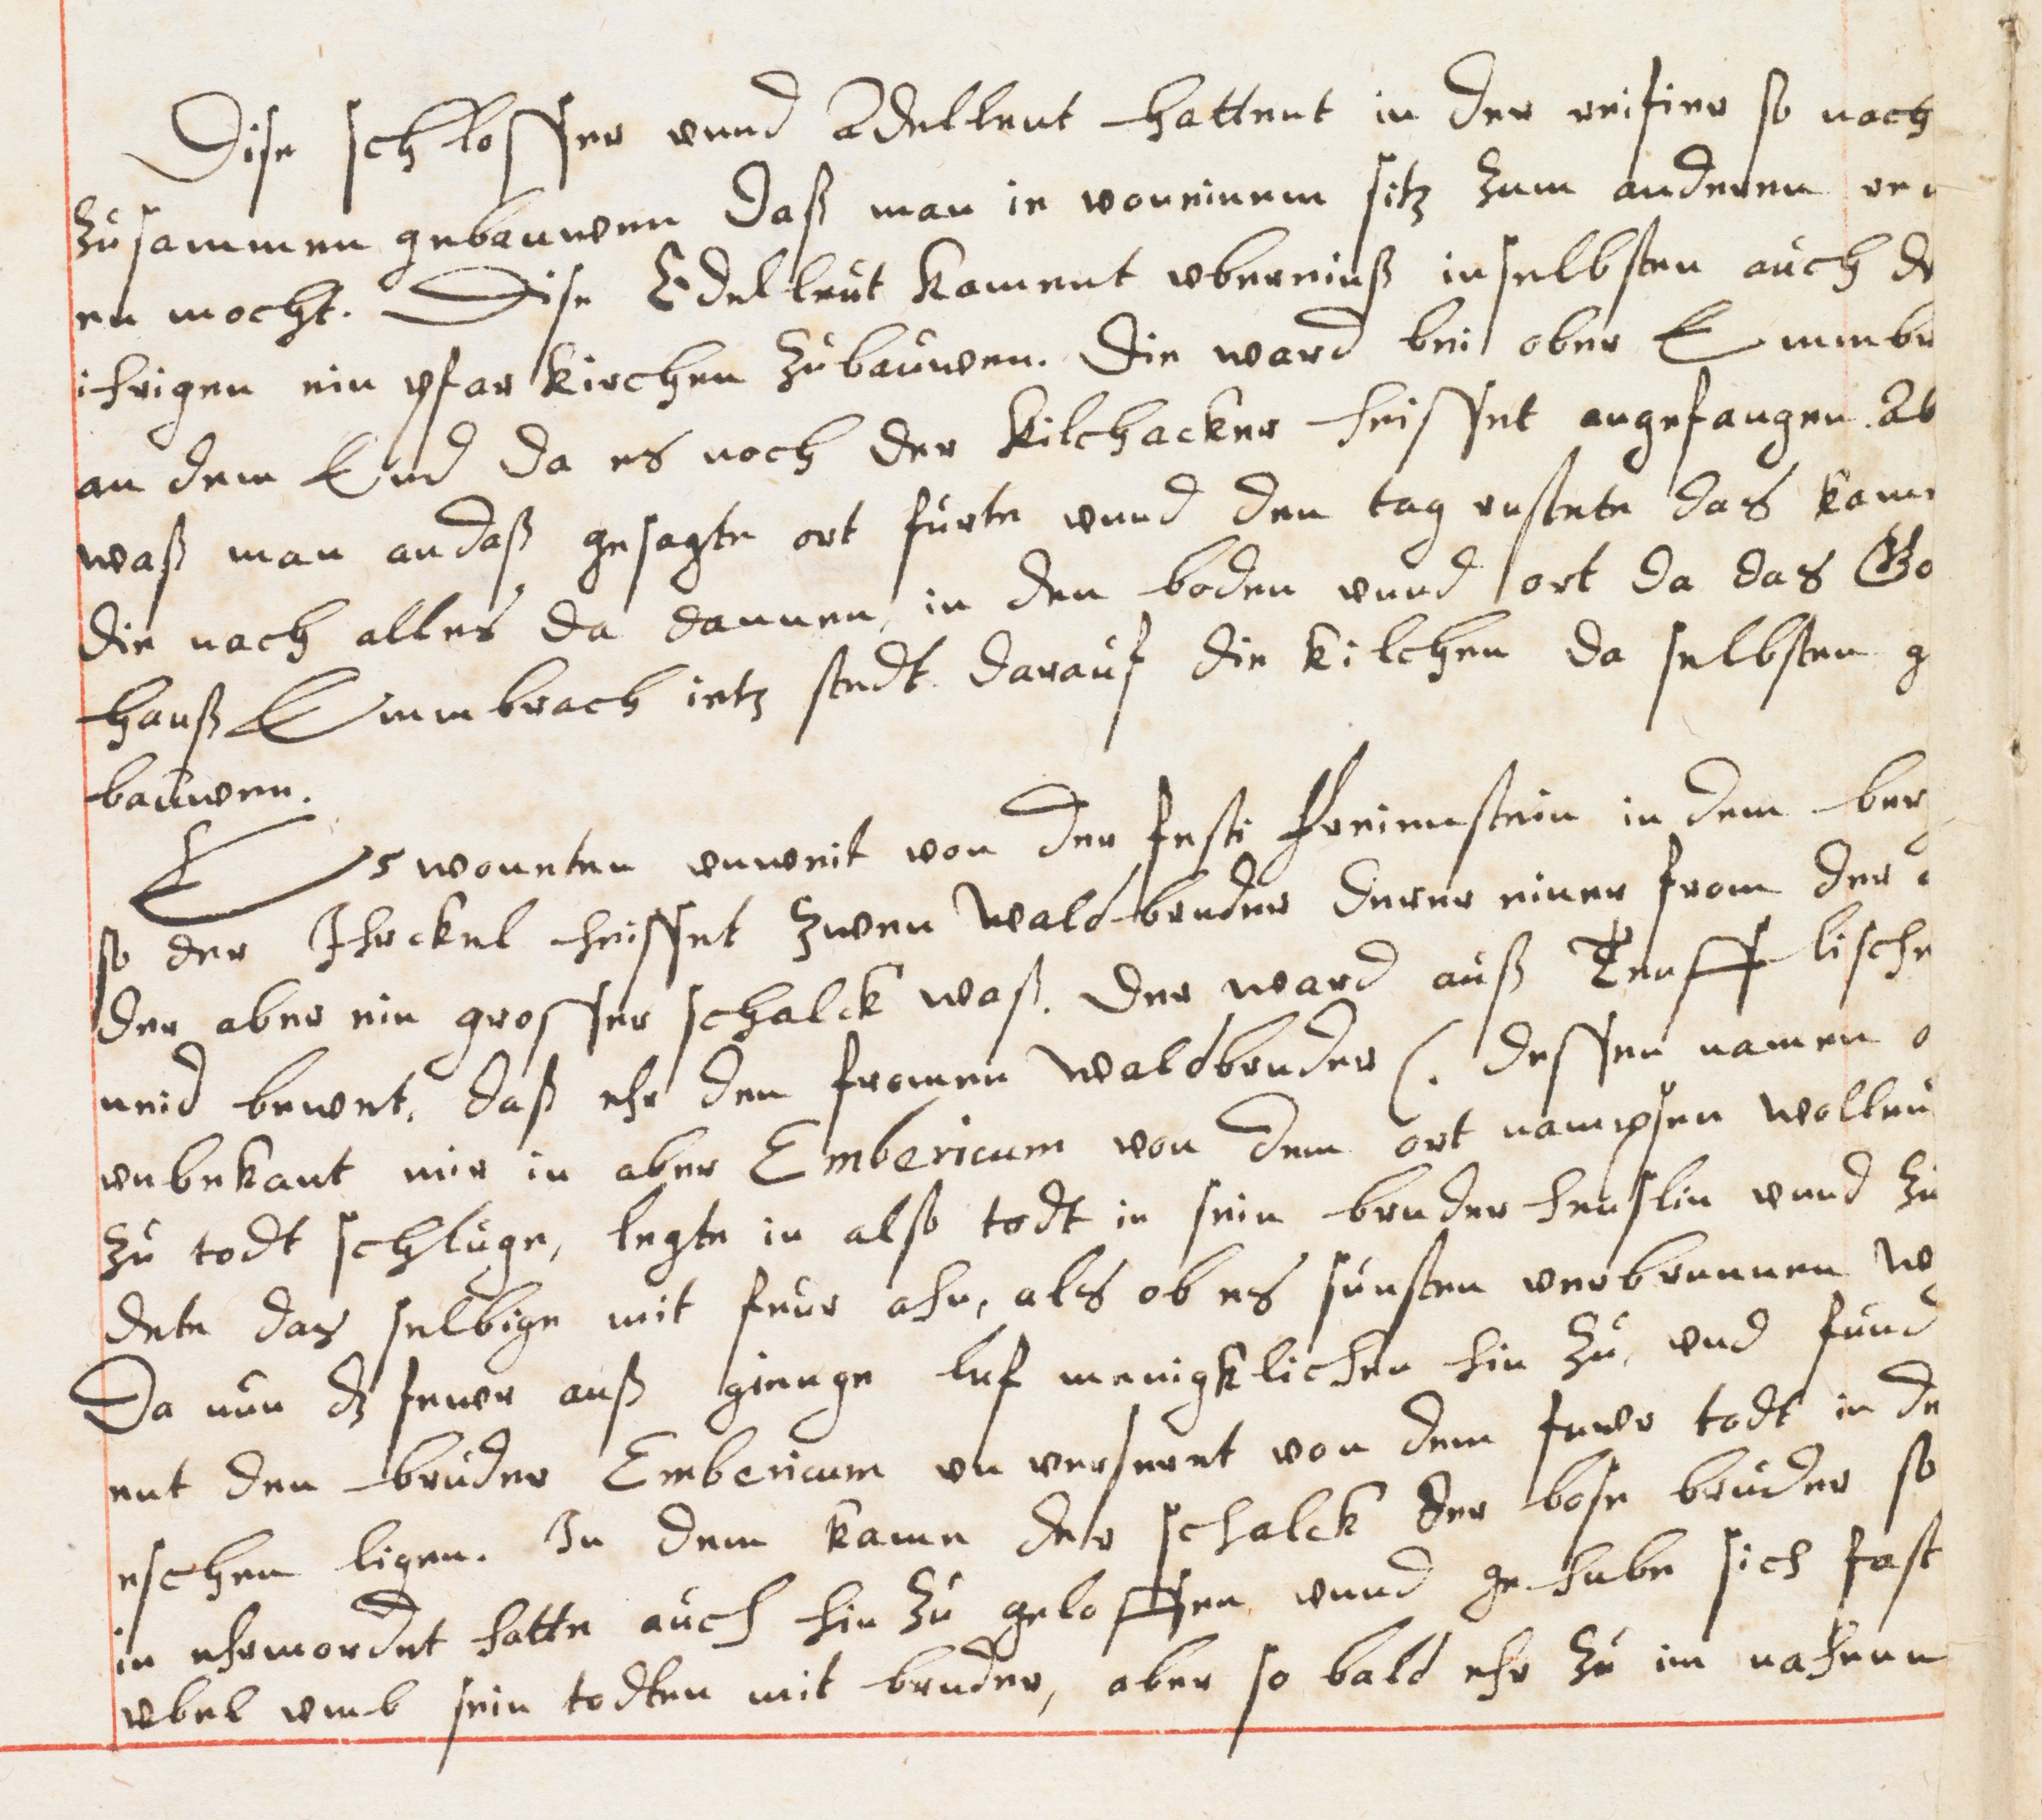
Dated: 1614–1638